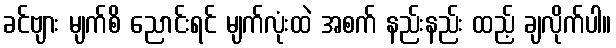
ခင်ဗျား မျက်စိ ညောင်းရင် မျက်လုံးထဲ အစက် နည်းနည်း ထည့် ချလိုက်ပါ။